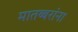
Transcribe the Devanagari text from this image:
मातब्बरांना